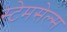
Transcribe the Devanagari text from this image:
स्टेमसेल्स